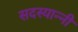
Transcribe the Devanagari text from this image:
सदस्यान्नी